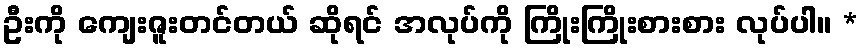
ဦးကို ကျေးဇူးတင်တယ် ဆိုရင် အလုပ်ကို ကြိုးကြိုးစားစား လုပ်ပါ။ *